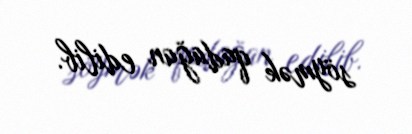
söymək qadağan edilib.